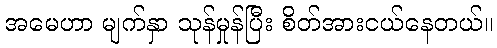
အမေဟာ မျက်နှာ သုန်မှုန်ပြီး စိတ်အားငယ်နေတယ်။